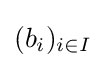
(b_{i})_{i\in I}